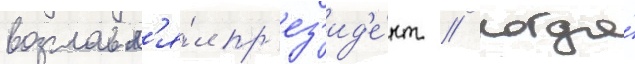
возглавл'я́л пр'ез'ид'е́нт // Когда́